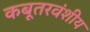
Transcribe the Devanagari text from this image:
कबूतरवंशीय